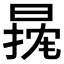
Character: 𱢓